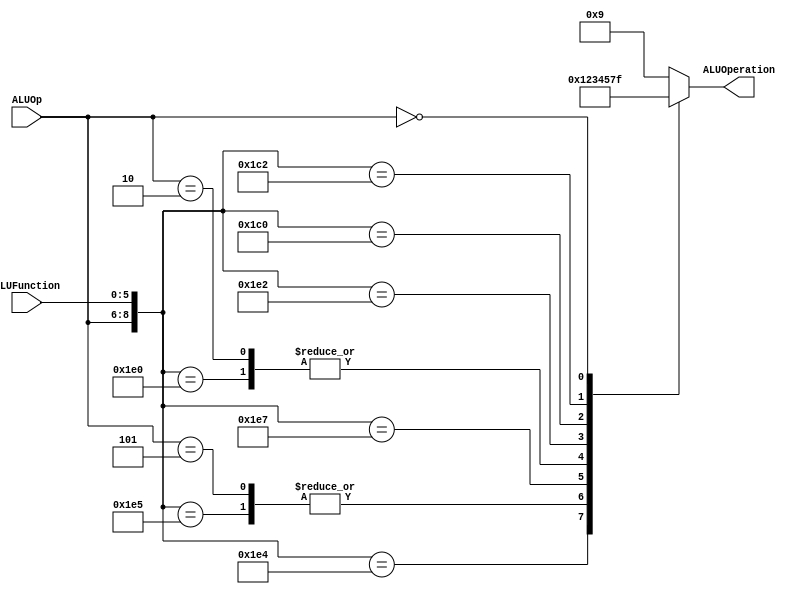
/******************************************************************
* Description
*	This is the control unit for the ALU. It receves an signal called 
*	ALUOp from the control unit and a signal called ALUFunction from
*	the intrctuion field named function.
* Version:
*	1.0
* Author:
*	Dr. Jos Luis Pizano Escalante
* email:
*	luispizano@iteso.mx
* Date:
*	01/03/2014
******************************************************************/
module ALUControl
(
	input [2:0] ALUOp,
	input [5:0] ALUFunction,
	output [3:0] ALUOperation

);

localparam R_Type_AND    = 9'b111_100100;
localparam R_Type_OR     = 9'b111_100101;
localparam R_Type_NOR    = 9'b111_100111;
localparam R_Type_ADD    = 9'b111_100000;
localparam R_Type_SUBB   = 9'b111_100010;
localparam R_Type_SLL    = 9'b111_000000;
localparam R_Type_SRL    = 9'b111_000010;

localparam I_Type_ADDI   = 9'b010_xxxxxx;
localparam I_Type_ORI    = 9'b101_xxxxxx;
localparam I_Type_LUI    = 9'b000_xxxxxx;
 
reg [3:0] ALUControlValues;
wire [8:0] Selector;

assign Selector = {ALUOp, ALUFunction};

always@(Selector)begin
	casex(Selector)
		R_Type_AND:    ALUControlValues = 4'b0000;//00 00
		
		R_Type_OR: 		ALUControlValues = 4'b0001;//00 01
		I_Type_ORI :   ALUControlValues = 4'b0001;
		R_Type_NOR:		ALUControlValues = 4'b0010;//00 10
		
		R_Type_ADD:    ALUControlValues = 4'b0011;//00 11
		I_Type_ADDI:   ALUControlValues = 4'b0011;
		
		R_Type_SUBB:   ALUControlValues = 4'b0100;//01 00
		R_Type_SLL:    ALUControlValues = 4'b0101;//01 01
		R_Type_SRL:    ALUControlValues = 4'b0111;//01 11
		
		I_Type_LUI :   ALUControlValues = 4'b1111;//11 11
		
		default: ALUControlValues = 4'b1001;
	endcase
end


assign ALUOperation = ALUControlValues;

endmodule
//alucontrol//